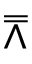
\doublebarwedge